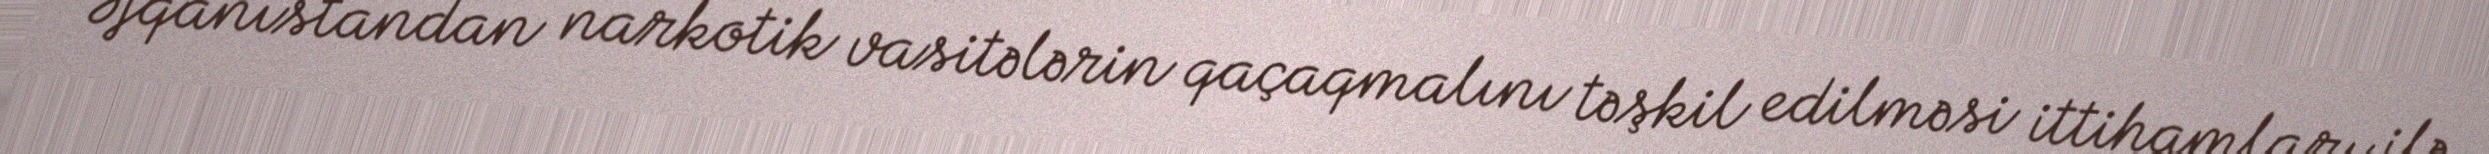
Əfqanıstandan narkotik vasitələrin qaçaqmalını təşkil edilməsi ittihamları ilə